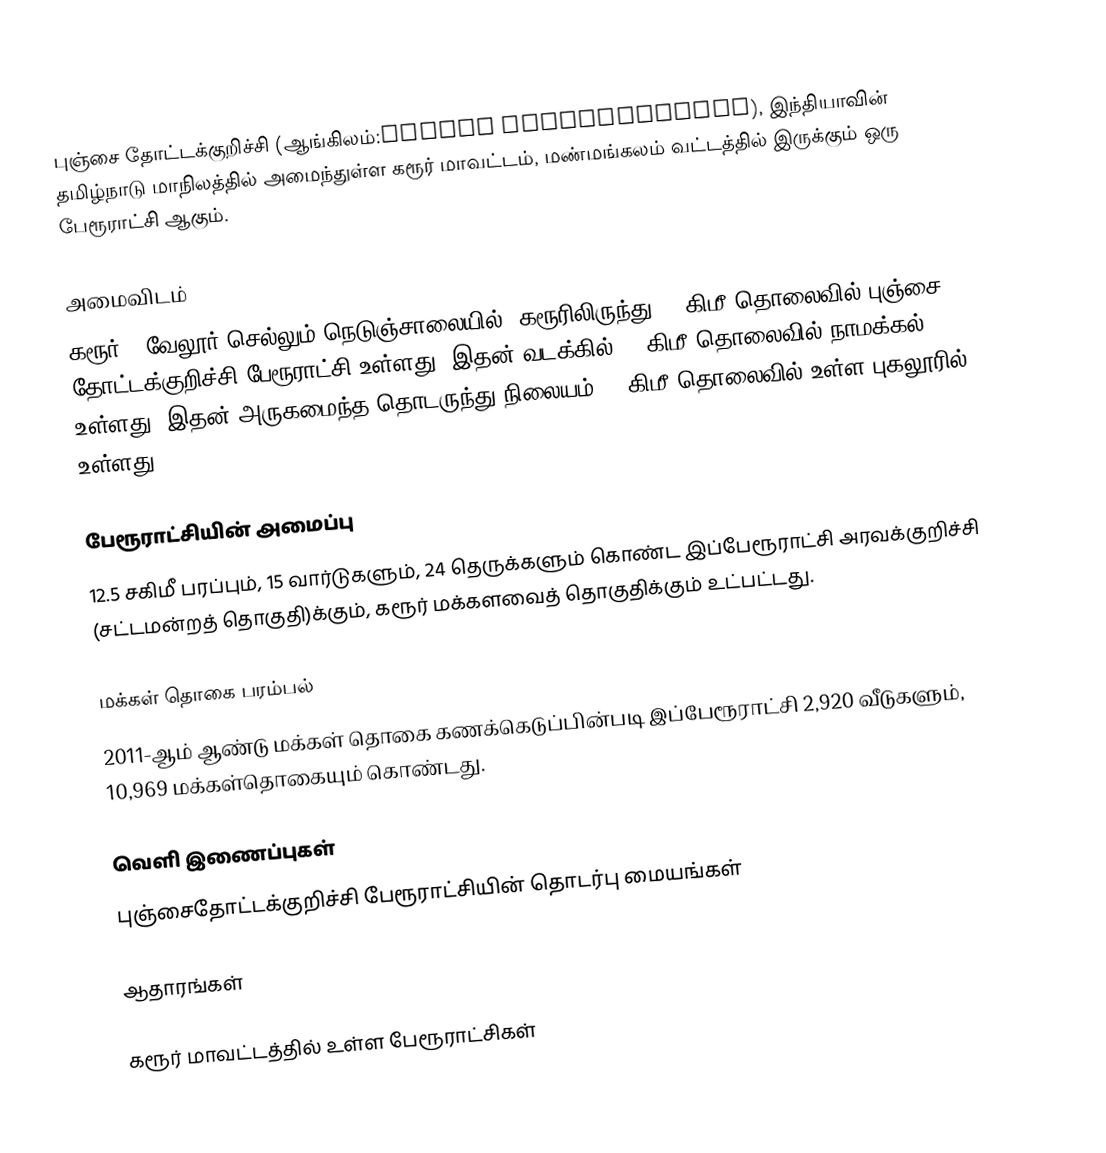
புஞ்சை தோட்டக்குறிச்சி (ஆங்கிலம்:Punjai thottakurichi), இந்தியாவின் தமிழ்நாடு மாநிலத்தில் அமைந்துள்ள கரூர் மாவட்டம், மண்மங்கலம் வட்டத்தில் இருக்கும் ஒரு பேரூராட்சி ஆகும்.

அமைவிடம்
கரூர் - வேலூர் செல்லும் நெடுஞ்சாலையில், கரூரிலிருந்து 14 கிமீ தொலைவில் புஞ்சை தோட்டக்குறிச்சி பேரூராட்சி உள்ளது. இதன் வடக்கில் 35 கிமீ தொலைவில் நாமக்கல் உள்ளது. இதன்  அருகமைந்த தொடருந்து நிலையம், 7 கிமீ தொலைவில் உள்ள புகலூரில் உள்ளது.

பேரூராட்சியின் அமைப்பு
12.5 சகிமீ பரப்பும், 15   வார்டுகளும்,   24 தெருக்களும் கொண்ட இப்பேரூராட்சி  அரவக்குறிச்சி (சட்டமன்றத் தொகுதி)க்கும், கரூர் மக்களவைத் தொகுதிக்கும் உட்பட்டது.

மக்கள் தொகை பரம்பல்
2011-ஆம் ஆண்டு மக்கள் தொகை கணக்கெடுப்பின்படி  இப்பேரூராட்சி 2,920   வீடுகளும், 10,969 மக்கள்தொகையும் கொண்டது.

வெளி இணைப்புகள்
 புஞ்சைதோட்டக்குறிச்சி பேரூராட்சியின் தொடர்பு மையங்கள்

ஆதாரங்கள்

கரூர் மாவட்டத்தில் உள்ள பேரூராட்சிகள்